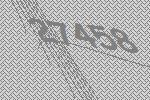
27458